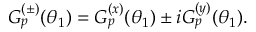
G _ { p } ^ { ( \pm ) } ( \theta _ { 1 } ) = G _ { p } ^ { ( x ) } ( \theta _ { 1 } ) \pm i G _ { p } ^ { ( y ) } ( \theta _ { 1 } ) .